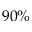
9 0 \%